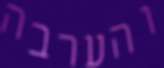
והערבה